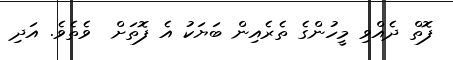
ފޮތް ދެއްވި މީހުންގެ ތެރެއިން ބަޔަކު އެ ފޮތަށް  ވެތެވެ. އަދި